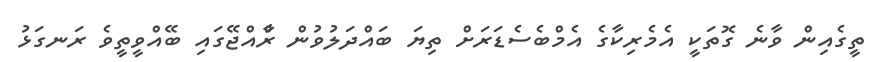
ތީގެއިން ވާނެ ގޮތަކީ އެމެރިކާގެ އެމްބެސެޑަރަށް ތިޔަ ބައްދަލުވުން ރާްއްޖޭގައި ބޭއްވީތީވެ ރަނގަޅު